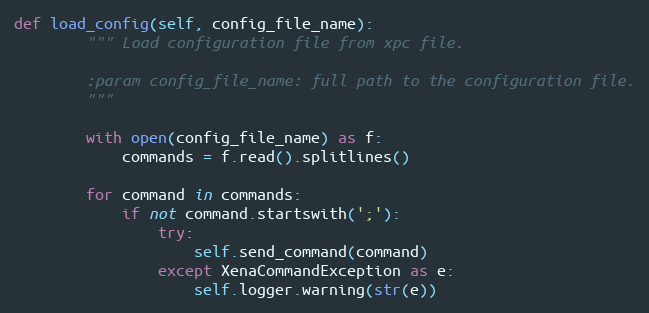
Language: Python
def load_config(self, config_file_name):
        """ Load configuration file from xpc file.

        :param config_file_name: full path to the configuration file.
        """

        with open(config_file_name) as f:
            commands = f.read().splitlines()

        for command in commands:
            if not command.startswith(';'):
                try:
                    self.send_command(command)
                except XenaCommandException as e:
                    self.logger.warning(str(e))